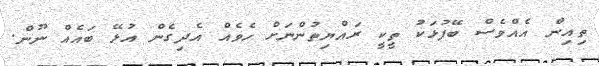
ތިއިން އެއްވެސް ބޭފުޅަކު ތީކީ ރައްޔިތުންނަށް ހެވެއް އެދިގެން އުޅޭ ބައެއް ނޫން.